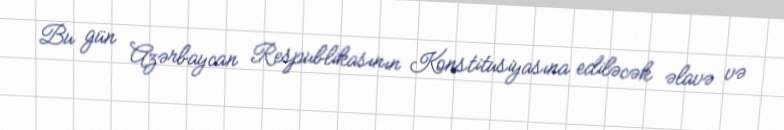
Bu gün Azərbaycan Respublikasının Konstitusiyasına ediləcək əlavə və